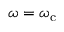
\omega = \omega _ { \mathrm { c } }